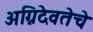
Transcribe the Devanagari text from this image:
अग्निदेवतेचे